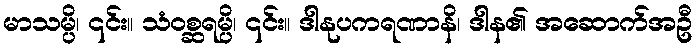
မာသမ္ပိ၊ ၎င်း။ သံဝစ္ဆရမ္ပိ၊ ၎င်း။ ဒါနုပကရဏာနိ၊ ဒါန၏ အဆောက်အဦ